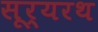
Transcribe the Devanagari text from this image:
सूर्यरथ